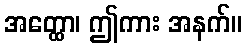
အတ္ထော၊ ဤကား အနက်။